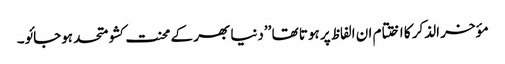
مؤخر الذکر کا اختتام ان الفاظ پر ہوتا تھا ’’دنیا بھر کے محنت کشو متحد ہوجائو۔